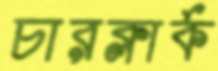
চারক্লার্ক